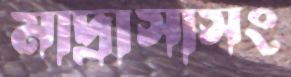
মাদ্রাসাসং